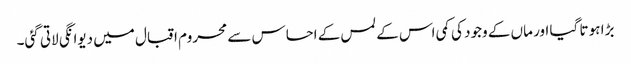
بڑا ہو تا گیا اور ماں کے وجود کی کمی اس کے لمس کے احساس سے محروم اقبال میں دیوانگی لاتی گئی۔